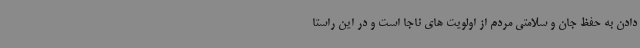
دادن به حفظ جان و سلامتی مردم از اولویت های ناجا است و در این راستا